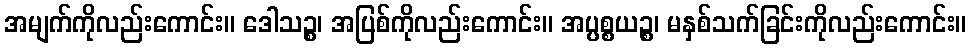
အမျက်ကိုလည်းကောင်း။ ဒေါသဉ္စ၊ အပြစ်ကိုလည်းကောင်း။ အပ္ပစ္စယဉ္စ၊ မနှစ်သက်ခြင်းကိုလည်းကောင်း။